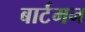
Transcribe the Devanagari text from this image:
बार्टमन